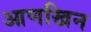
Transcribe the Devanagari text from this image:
आणखिन